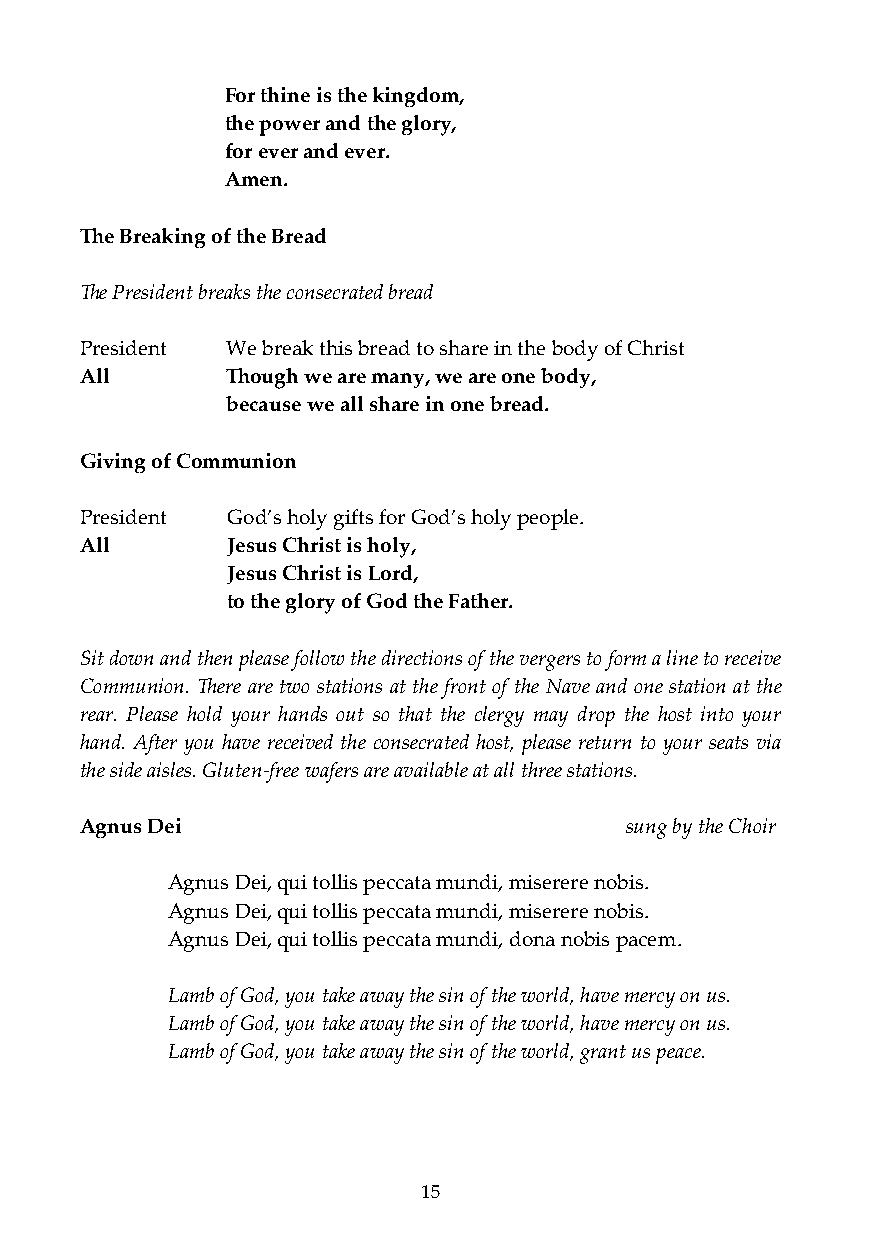
For thine is the kingdom,
 the power and the glory,
 for ever and ever.
 Amen.
 The Breaking of the Bread
 The President breaks the consecrated bread
 President We break this bread to share in the body of Christ
 All       Though we are many, we are one body,
 because we all share in one bread.
 Giving of Communion
 President God’s holy gifts for God’s holy people.
 All       Jesus Christ is holy,
 Jesus Christ is Lord,
 to the glory of God the Father.
 Sit down and then please follow the directions of the vergers to form a line to receive
 Communion. There are two stations at the front of the Nave and one station at the
 rear. Please hold your hands out so that the clergy may drop the host into your
 hand. After you have received the consecrated host, please return to your seats via
 the side aisles. Gluten-free wafers are available at all three stations.
 Agnus Dei                           sung by the Choir
 Agnus Dei, qui tollis peccata mundi, miserere nobis.
 Agnus Dei, qui tollis peccata mundi, miserere nobis.
 Agnus Dei, qui tollis peccata mundi, dona nobis pacem.
 Lamb of God, you take away the sin of the world, have mercy on us.
 Lamb of God, you take away the sin of the world, have mercy on us.
 Lamb of God, you take away the sin of the world, grant us peace.
 15